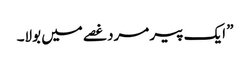
” ایک پیر مرد غصے میں بولا۔